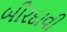
બીરદાવી